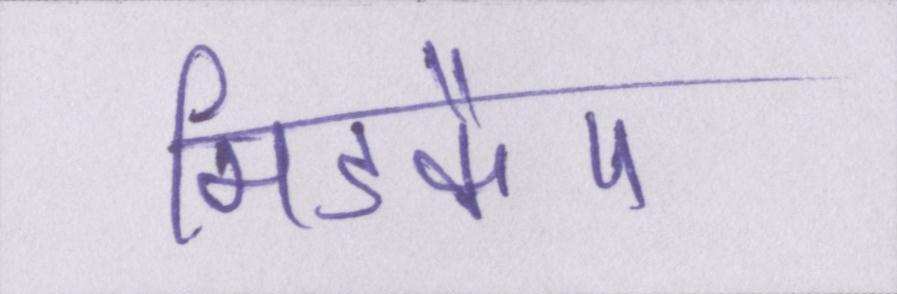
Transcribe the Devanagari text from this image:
मिडकैप